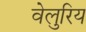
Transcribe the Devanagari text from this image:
वेलुरिय